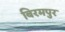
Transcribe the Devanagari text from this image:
बिरमपुर